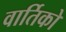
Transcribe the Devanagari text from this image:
वार्तिको